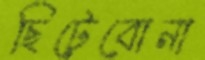
ছিটেবোনা